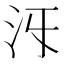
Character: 𣲐